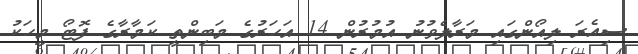
ސިއެރަ ލިއޯންގައި މަރާލެވުނު އުމުރުން 14 އަހަރުގެ މަބިންތީ ކަމާރާގެ ފޮޓޯ މީހަކު